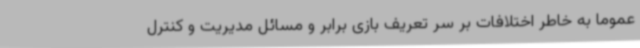
عموماً به خاطر اختلافات بر سر تعریف بازی برابر و مسائل مدیریت و کنترل